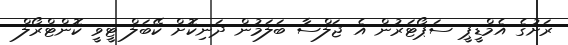
ރަށުގެ އެމްޑީޕީ ސަޕޯޓަރުން އެ ޖަލްސާ ބަލަމުން ދަނިކޮށް ކޭބަލް ޓީވީ ކޮންޓްރޯލް